DOW-UAP-D14, Mission Report, Iraq, May 2022
Agency: Department of War
Incident date: 5/29/22
Incident location: Syria
Page 6
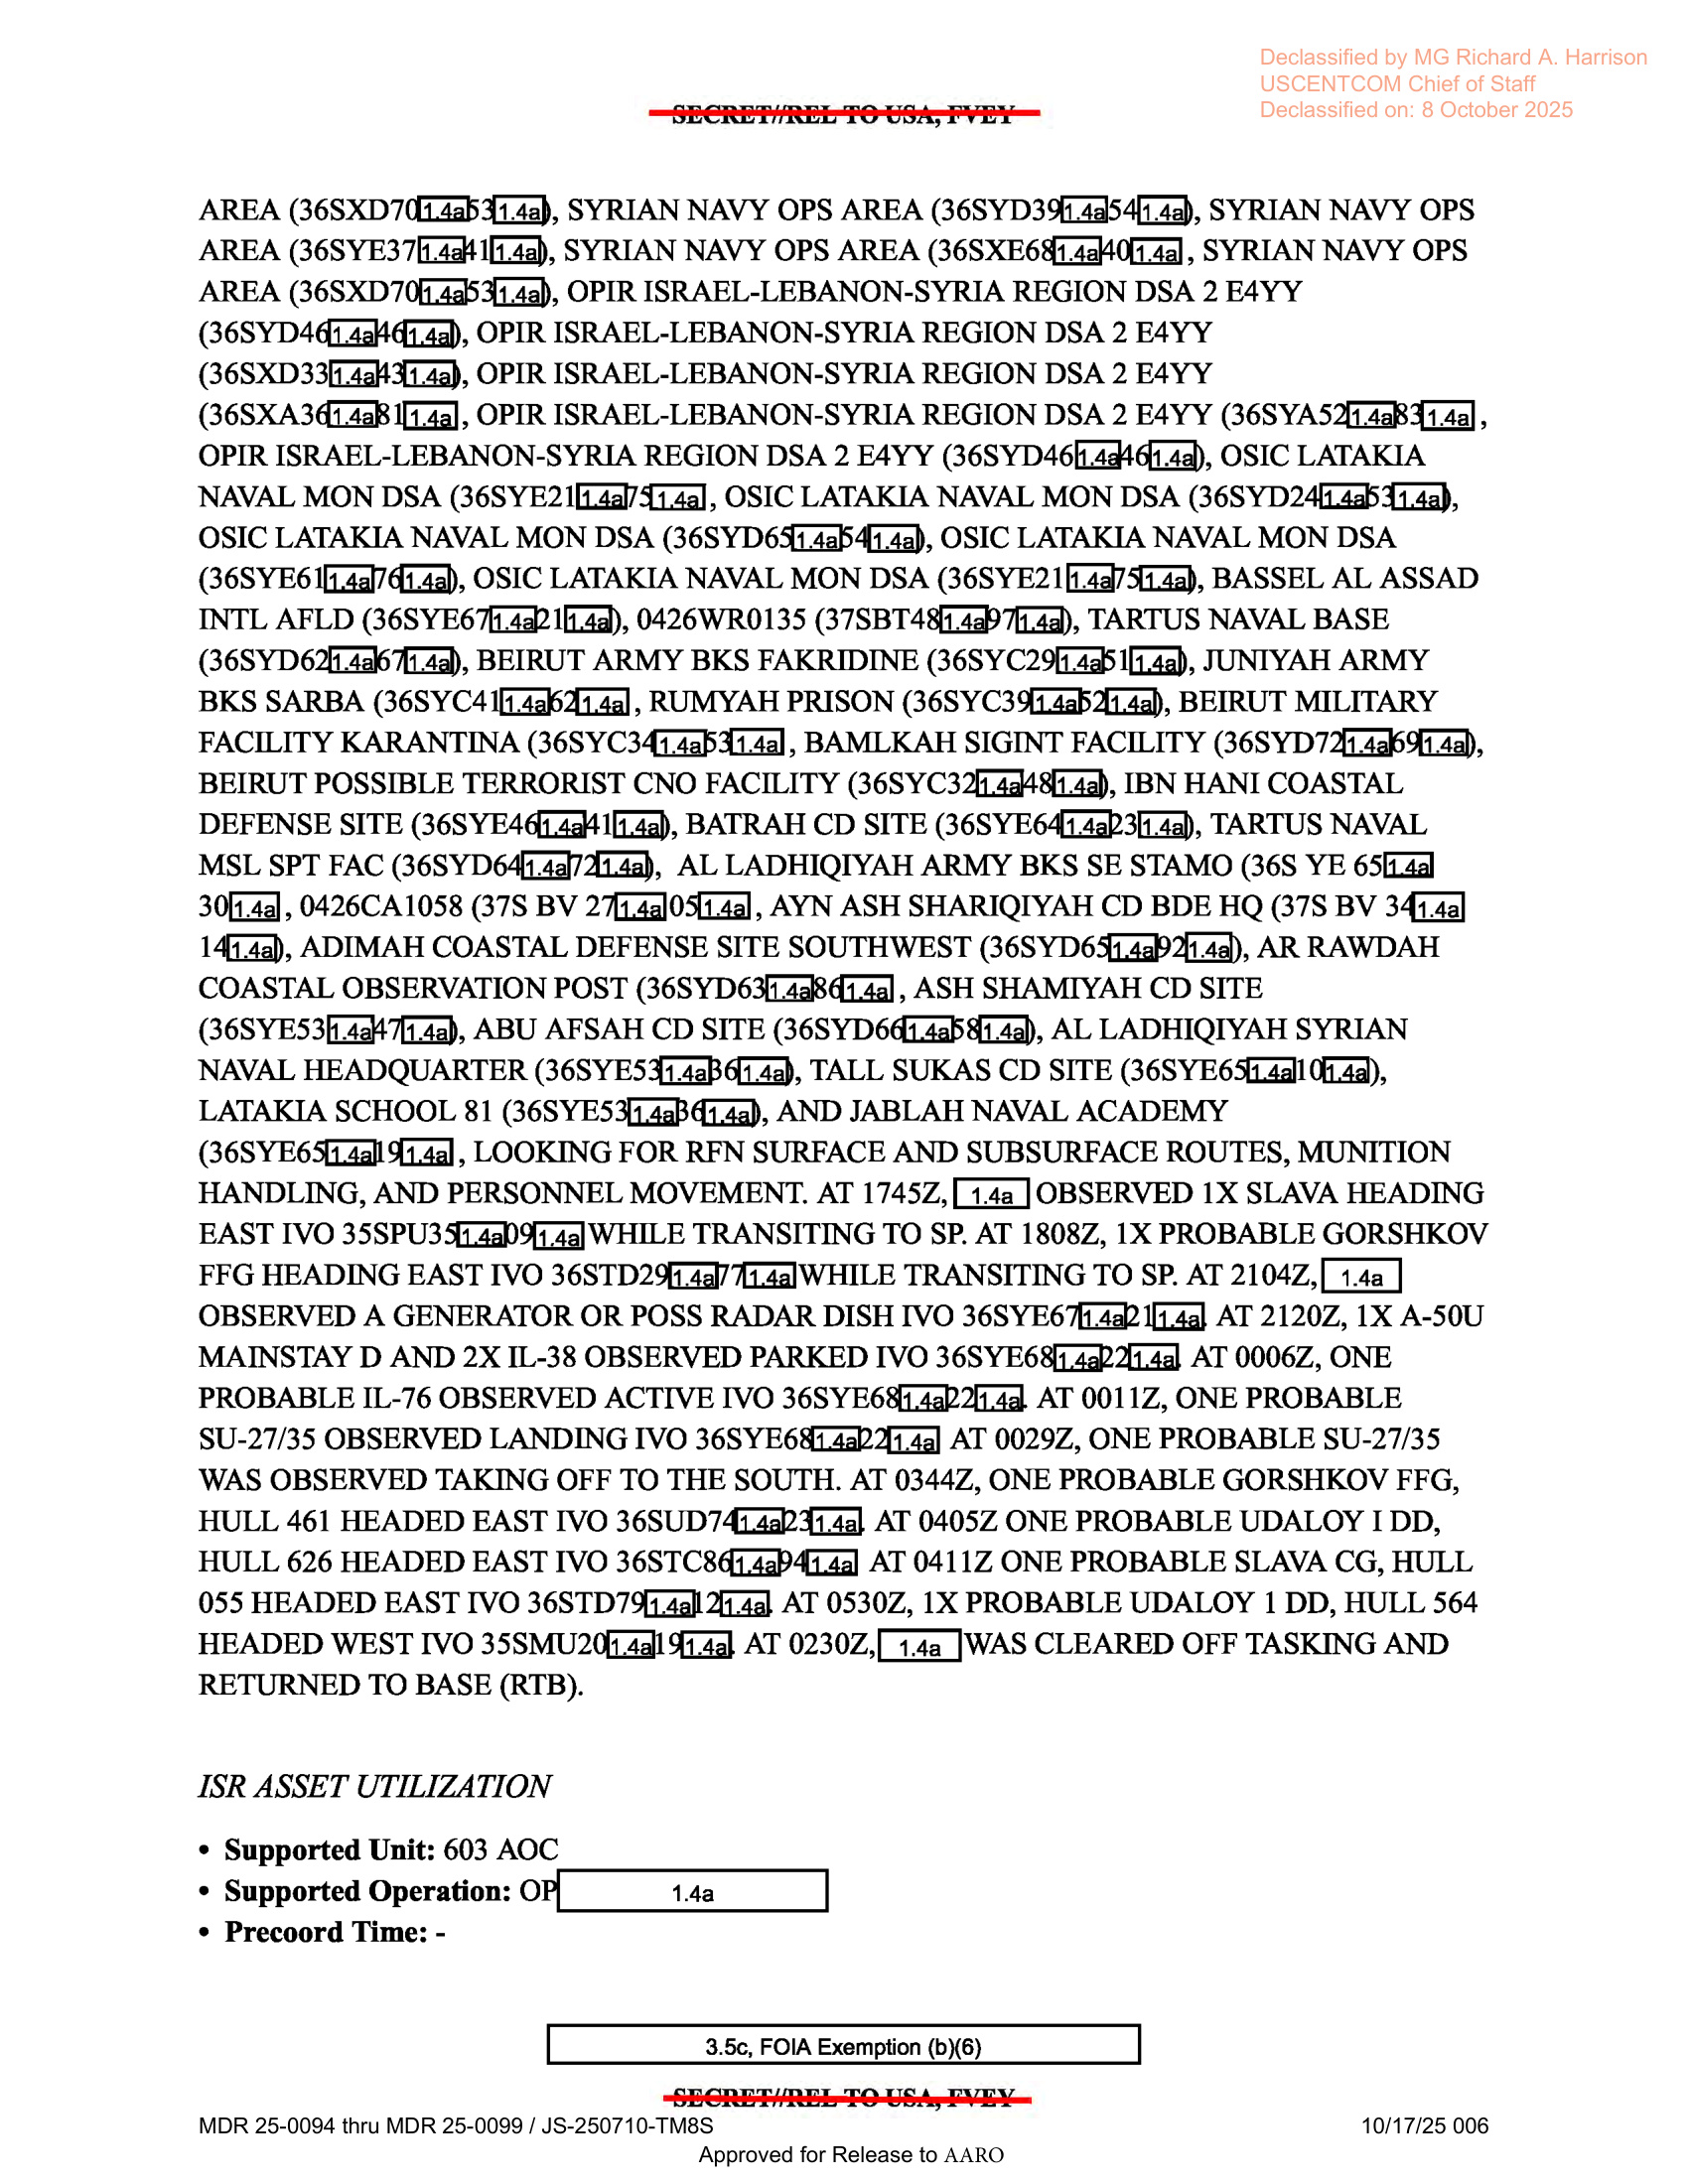